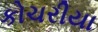
કોચરીયા